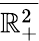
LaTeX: \overline{{\mathbb{R}_{+}^{2}}}